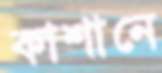
কাশানে